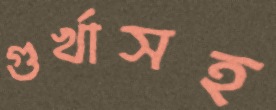
গুর্খাসহ